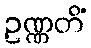
ဥဏ္ဏတိံ